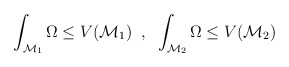
\begin{align*}\int_{\mathcal{M}_1} \Omega \le V(\mathcal{M}_1) \;\; , \;\;\int_{\mathcal{M}_2} \Omega \le V(\mathcal{M}_2)\end{align*}